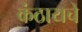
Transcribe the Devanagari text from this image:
कंठायचे